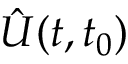
\hat { U } ( t , t _ { 0 } )